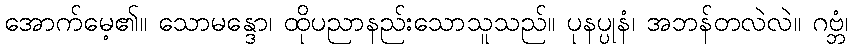
အောက်မေ့၏။ သောမန္ဒော၊ ထိုပညာနည်းသောသူသည်။ ပုနပ္ပုနံ၊ အဘန်တလဲလဲ။ ဂဗ္ဘံ၊